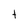
Character: t